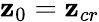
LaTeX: \mathbf{z}_{0}=\mathbf{z}_{cr}